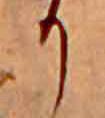
か